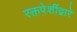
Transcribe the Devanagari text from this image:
रक्तपेशींद्वारे